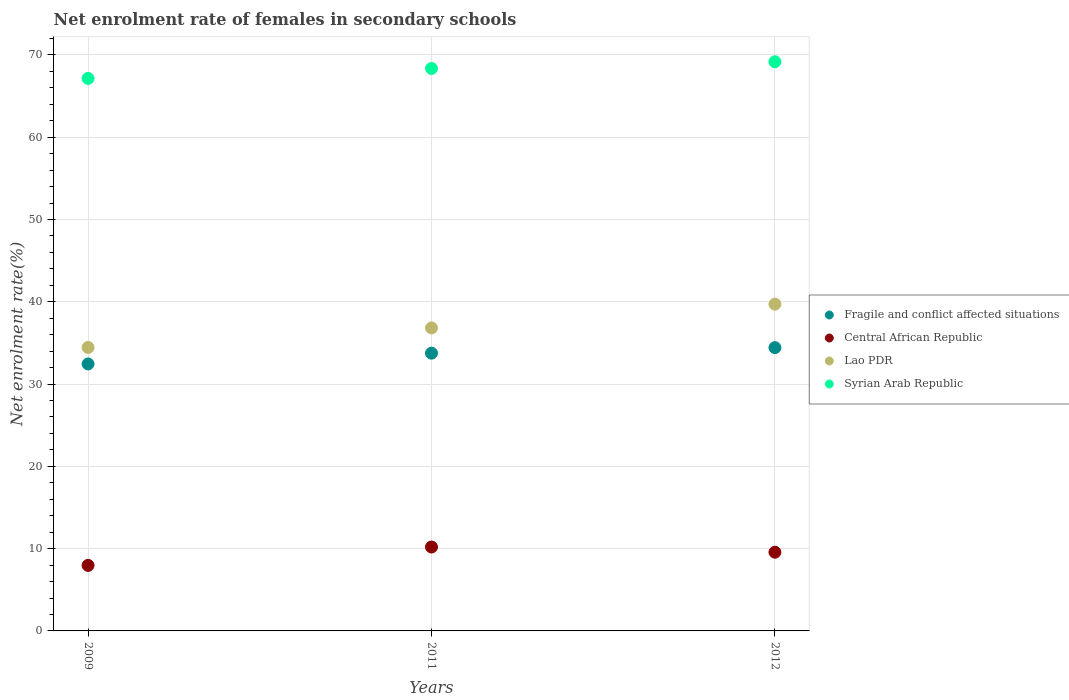
| Years | Fragile and conflict affected situations | Central African Republic | Lao PDR | Syrian Arab Republic |
 | --- | --- | --- | --- | --- |
 | 2009 | 32.4 | 7.96 | 34.4 | 67.1 |
 | 2011 | 33.8 | 10.2 | 36.8 | 68.4 |
 | 2012 | 34.4 | 9.57 | 39.7 | 69.2 |